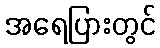
အရေပြားတွင်